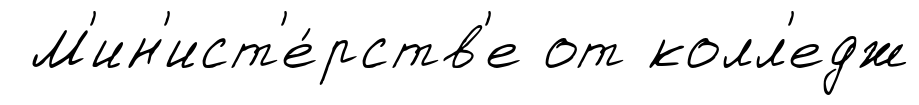
М'ин'ист'е́рств'е от колл'едж